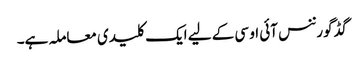
گڈ گورننس آئی او سی کے لیے ایک کلیدی معاملہ ہے۔